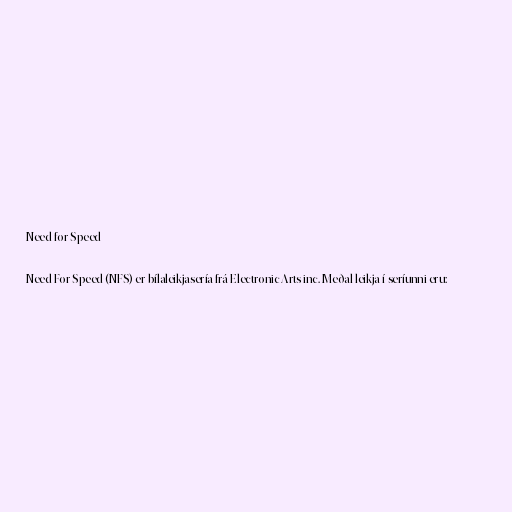
Need for Speed

Need For Speed (NFS) er bílaleikjasería frá Electronic Arts inc. Meðal leikja í seríunni eru: